Medical and sanitary report of the native army of Bengal for the year
Year: 1878
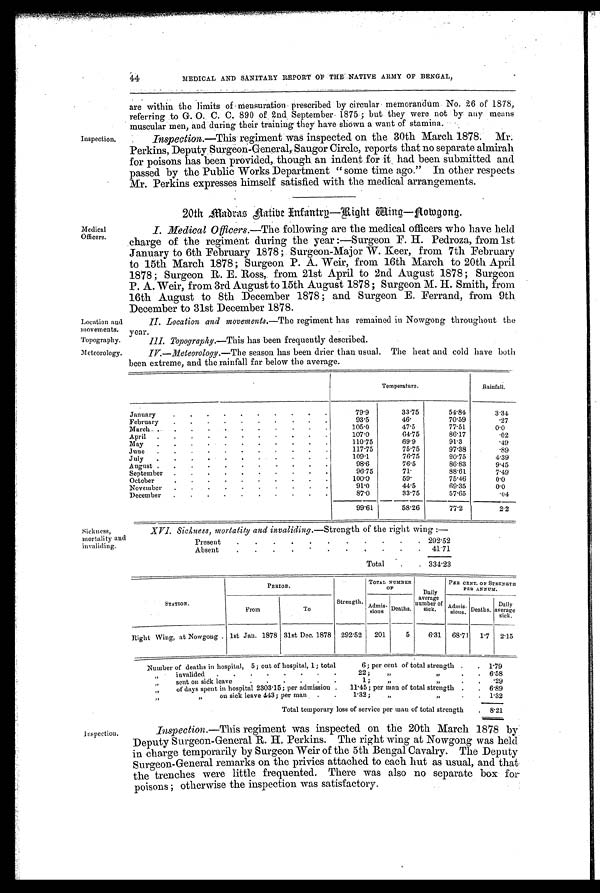
Inspection.
Medical
Officers.
Location
and movements.
Topography
.
Meteorology.
Sickness,
mortality and
invaliding.
inspection.
44
MEDICAL AND SANITARY REPORT OF THE NATIVE ARMY OF BENGAL,
are within the limits of mensuration prescribed by circular memorandum. No. 26 of 1878,
referring to G. O. C. C. 890 of 2nd September 1875 ; but they were not by any means
muscular men, and during their training they have shown a want of stamina.
Inspection. —This regiment was inspected on the 30th March 1878. Mr.
Perkins, Deputy Surgeon-General, Saugor Circle, reports that no separate almirah
for poisons has been provided, though an indent for it had been submitted and
passed by the Public Works Department " some time ago." In other respects
Mr. Perkins expresses himself satisfied with the medical arrangements.
20th Madras Native Infantry-Right Wing-Nowgong.
I. Medical Officers.—The following are the medical officers who have held
charge of the regiment during the year :—Surgeon F. H. Pedroza, from 1st
January to 6th February 1878 ; Surgeon-Major W. Keer, from 7th February
to 15th March 1878 ; Surgeon P. A. Weir, from 16th March to 20th April
1878 ; Surgeon R. E. Ross,. from 21st April to 2nd August 1878; Surgeon
P. A. Weir, from 3rd August to 15th August 1878 ; Surgeon M. H. Smith, from
16th August to 8th December 1878 ; and Surgeon E. Ferrand, from 9th
December to 31st December 1878.
II. Location and movements.—The regiment has remained in Nowgong throughout the
year.
III. Topography.—This has been frequently described.
IV.—Meteorology.—The season has been drier than usual. The heat and cold have both
been extreme, and the rainfall far below the average.
Temperature.
Rainfall.
January
. . . . .
.
.
. . .
79.9
33.75
54.84
3.34
February
.
. . .
. .
.
.
. .
93.5
46.
70.59
.27
March . . . .
. . . . . . .
105.0
47.5
77.51
0.0
April . . .
. .
. . .
. . .
107.0
64.75
86.17
.02
May . . . . . . . . . . .
110.75
69.9
91.3
.49
June . . .
. .
. .
. . . .
117.75
75.75
97.38
.89
July . . .
.
.
. .
.
. . .
109.1
76.75
90.75
4.39
August . . . .
.
.
.
.
. .
98.6
76.5
86.83
9.45
September . . . . .
.
. .
. .
96.75
71.
88.61
7.49
October
.
.
. . . . . . . .
100.0
59.
75.46
0.0
November
. .
. .
. .
.
. . .
91.0
44.5
69.35
0 . 0
December . . . . .
.
.
. . .
87.0
33.75
57.65
.04
99.61
58.26
77.2
2.2
XVI. Sickness, mortality and invaliding.—Strength of the right wing :—
Present .
.
. .
.
.
. . .
.
. 292.52
Absent
.
.
.
.
. . . . .
.
. 41.71
Total .
. 334.23
STATION.
PERIOD.
Strength.
TOTAL NUMBER
OF
Daily
average
number of
sick.
PER CENT. OF STRENGTH
PER ANNUM.
From
To
Admis- sions Deaths.
Admis-
sions. Deaths. Daily
average sick.
Right Wing, at Nowgong . 1st Jan. 1878 31st Dec. 1878 292.52 201
5
6.31 68.71 1.7 2.15
Number of deaths in hospital, 5; out of hospital, 1; total
6; per cent of total strength . . 1.79
„
invalided . . . . . . . .
22;
„ „ .
. 6.58
„
sent on sick leave
. . . . .
1 ;
„
„
. . .29
„
of days spent in hospital 2303.15; per admission . 11.45; per man of total strength . . 6.89
„ „
on sick leave 443; per man . .
1.32;
„
„ .
. 1.32
Total temporary loss of service per man of total strength . 8.21
Inspection.—This regiment was inspected on the 20th March 1878 by
Deputy Surgeon-General R. H. Perkins. The right wing at Nowgong was held
in charge temporarily by Surgeon Weir of the 5th Bengal Cavalry. The Deputy
Surgeon-General remarks on the privies attached to each hut as usual, and that
the trenches were little frequented. There was also no separate box for
poisons ; otherwise the inspection was satisfactory.